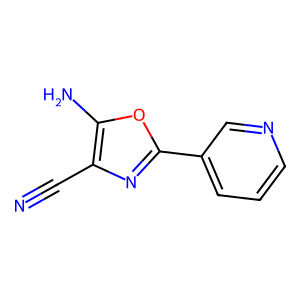
SMILES: N#Cc1nc(-c2cccnc2)oc1N
Inhibits HIV replication: No